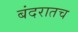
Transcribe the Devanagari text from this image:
बंदरातच